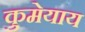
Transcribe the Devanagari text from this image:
कुमेयाय